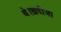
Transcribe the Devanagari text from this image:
थे।ख़दीजा